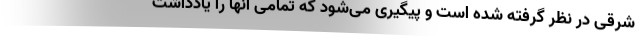
شرقی در نظر گرفته شده است و پیگیری می‌شود که تمامی آنها را یادداشت